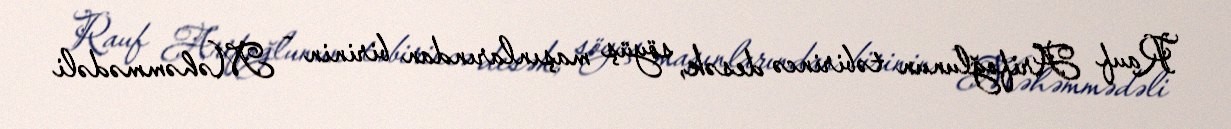
Rauf Arifoğlunun təbirincə desək, söyüş maşınlarından birinin - Məhəmmədəli